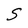
Character: S